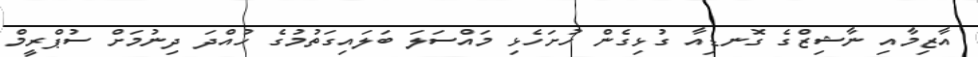
އާޒިމާއި ނާޝިޒްގެ ގޮނޑިއާ ގުޅިގެން ހުށަހެޅި މައްސަލަ ބަލައިގަތުމުގެ ހުއްދަ ދިނުމަށް ސުޕްރީމް